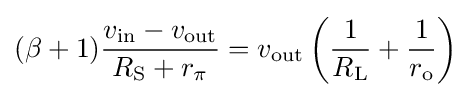
(\beta +1){\frac {v_{\text{in}}-v_{\text{out}}}{R_{\text{S}}+r_{\pi }}}=v_{\text{out}}\left({\frac {1}{R_{\text{L}}}}+{\frac {1}{r_{\text{o}}}}\right)